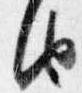
由